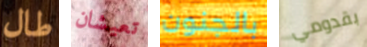
طال تعيشان بالجنون بقدومي